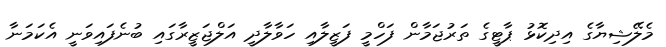
މެލޭޝިޔާގެ އިދިކޮޅު ޕާޓީގެ ތަރުޖަމާން ފަހްމީ ފަޒީލާއި ހަވާލާދީ އަލްޖަޒީރާގައި ބުނެފައިވަނީ އެކަމަނާ